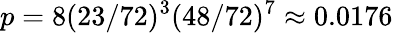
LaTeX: p=8(23/72)^{3}(48/72)^{7}\approx 0.0176